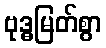
ဗုဒ္ဓမြတ်စွာ